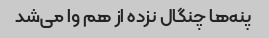
پنه‌ها چنگال نزده از هم وا می‌شد